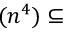
( n ^ { 4 } ) \subseteq